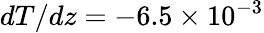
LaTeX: dT/dz=-6.5\times 10^{-3}